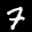
Label: 7